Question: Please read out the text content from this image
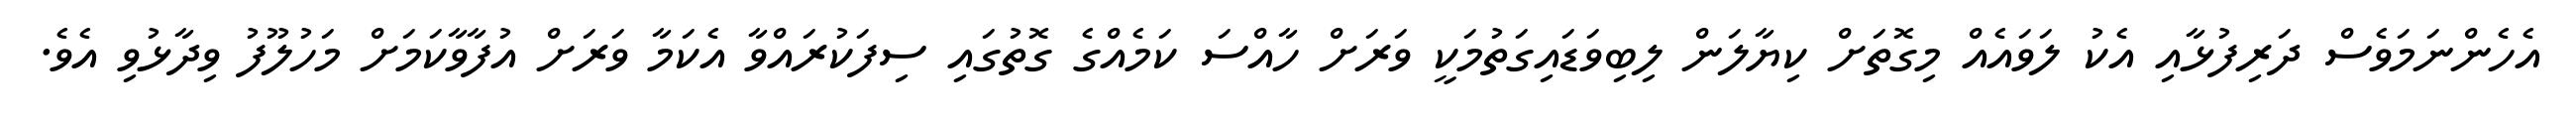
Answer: އެހެންނަމަވެސް ދަރިފުޅާއި އެކު ލަވައެއް މިގޮތަށް ކިޔާލަން ލިބިވަޑައިގަތުމަކީ ވަރަށް ހާއްސަ ކަމެއްގެ ގޮތުގައި ސިފަކުރައްވާ އެކަމާ ވަރަށް އުފާވާކަމަށް މަހުލޫފު ވިދާޅުވި އެވެ.